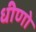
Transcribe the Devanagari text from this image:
धीणो